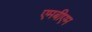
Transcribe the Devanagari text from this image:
एमबीएम